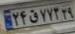
۲۴ق۷۷۳۲۹